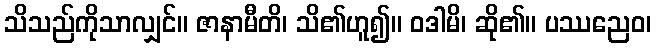
သိသည်ကိုသာလျှင်။ ဇာနာမီတိ၊ သိ၏ဟူ၍။ ဝဒါမိ၊ ဆို၏။ ပဿညေဝ၊